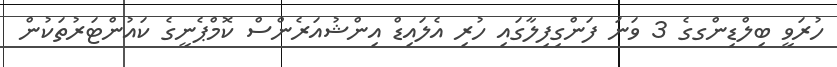
ހުރަވީ ބިލްޑިންގގެ 3 ވަނަ ފަންގިފިލާގައި ހުރި އެލައިޑް އިންޝުއަރެންސް ކޮމްޕެނީގެ ކައުންޓަރުތަކުން